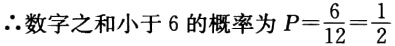
\(\therefore\)数字之和小于 \(6\) 的概率为 \(P = \frac{6}{12}=\frac{1}{2}\)